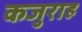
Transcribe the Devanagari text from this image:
कजुराह